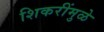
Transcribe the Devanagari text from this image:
शिकरींमुळे